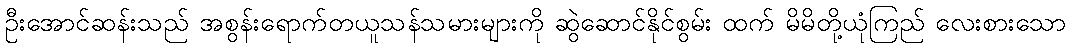
ဦးအောင်ဆန်းသည် အစွန်းရောက်တယူသန်သမားများကို ဆွဲဆောင်နိုင်စွမ်း ထက် မိမိတို့ယုံကြည် လေးစားသော